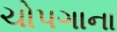
ચોપગાના